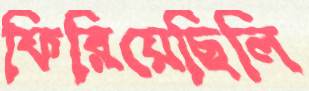
ফিরিয়েছিলি